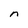
Character: n